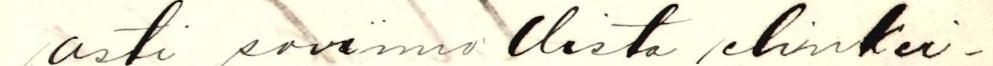
asti sovinnollista elinkei-